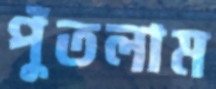
পুঁতলাম